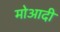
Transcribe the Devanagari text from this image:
मोआदी